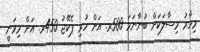
މިހާރު މިސާލަކަށް ބުނާނަމަ 500ރ. އަށް ހުރި ޕެކޭޖު 450ރ. އަށް މިވަނީ